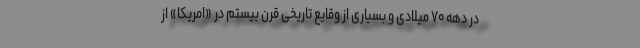
در دهه ۷۰ میلادی و بسیاری از وقایع تاریخی قرن بیستم در «امریکا» از